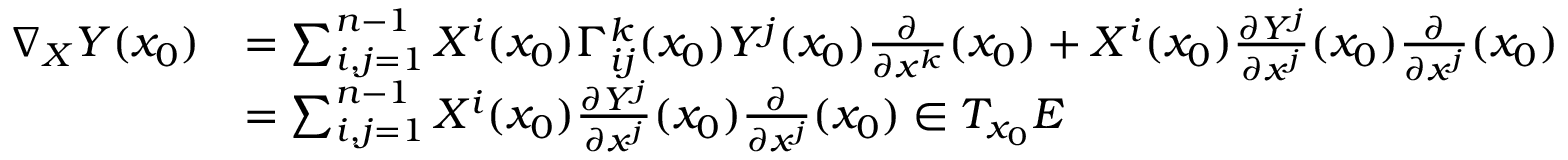
\begin{array} { r l } { \nabla _ { X } Y ( x _ { 0 } ) } & { = \sum _ { i , j = 1 } ^ { n - 1 } X ^ { i } ( x _ { 0 } ) \Gamma _ { i j } ^ { k } ( x _ { 0 } ) Y ^ { j } ( x _ { 0 } ) \frac { \partial } { \partial x ^ { k } } ( x _ { 0 } ) + X ^ { i } ( x _ { 0 } ) \frac { \partial Y ^ { j } } { \partial x ^ { j } } ( x _ { 0 } ) \frac { \partial } { \partial x ^ { j } } ( x _ { 0 } ) } \\ & { = \sum _ { i , j = 1 } ^ { n - 1 } X ^ { i } ( x _ { 0 } ) \frac { \partial Y ^ { j } } { \partial x ^ { j } } ( x _ { 0 } ) \frac { \partial } { \partial x ^ { j } } ( x _ { 0 } ) \in T _ { x _ { 0 } } E } \end{array}